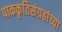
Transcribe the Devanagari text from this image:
पाककृतिसंग्रहांच्या